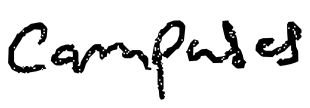
Text: campuses
Cross-out: clean
Writing tool: digital_black